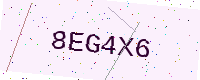
Text: 8EG4X6